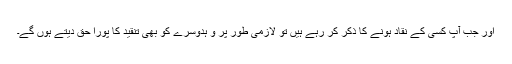
اور جب آپ کسی کے نقاد ہونے کا ذکر کر رہے ہیں تو لازمی طور پر و ہدوسرے کو بھی تنقید کا پورا حق دیتے ہوں گے۔